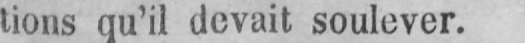
tions qu’il devait soulever.